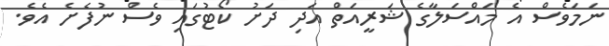
ނަމަވެސް އެ މައްސަލާގެ ޝަރީއަތް އަދި ދަށު ކޯޓުގައި ވެސް ނުފެށެ އެވެ.